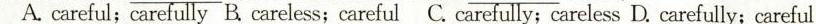
A.careful;carefully B.careless;careful C. carefully;careless D. carefully;careful